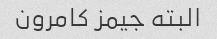
البته جیمز کامرون